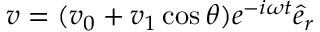
\boldsymbol { v } = ( v _ { 0 } + v _ { 1 } \cos \theta ) e ^ { - i \omega t } \hat { e } _ { r }